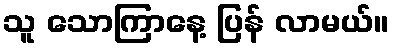
သူ သောကြာနေ့ ပြန် လာမယ်။